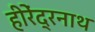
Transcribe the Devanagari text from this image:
हीरेंद्रनाथ